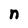
Character: n